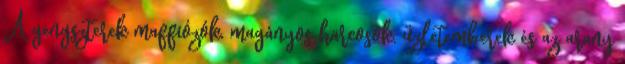
A gengszterek maffiózók, magányos harcosok, üzletemberek és az arany